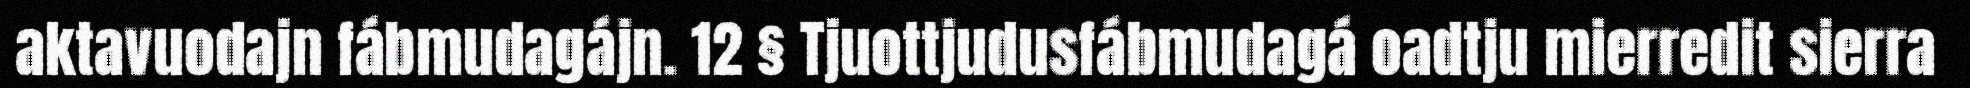
aktavuodajn fábmudagájn. 12 § Tjuottjudusfábmudagá oadtju mierredit sierra